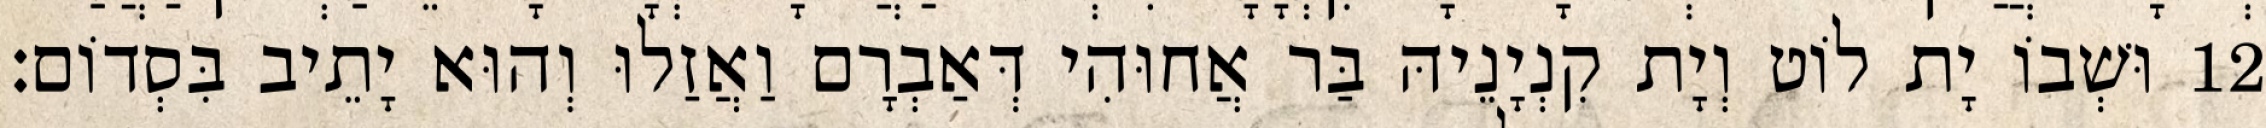
12 וּשְׁבוֹ יָת לוֹט וְיָת קִנְיָנֵיהּ בַּר אֲחוּהִי דְּאַבְרָם וַאֲזַלוּ וְהוּא יָתֵיב בִּסְדוֹם׃